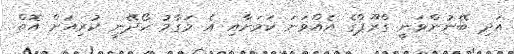
އަދި ބޭނުންވަނީ ގްރޫޕްގެ އެއްވަނަ ކަމަށާއި އެ މަގާމު ހޯދޭނީ ކުރިއަށް އޮތް